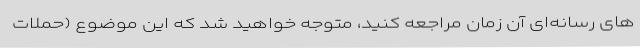
های رسانه‌ای آن زمان مراجعه کنید، متوجه خواهید شد که این موضوع (حملات